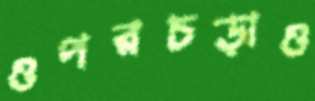
ওপরচড়াও